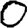
Digit: 0